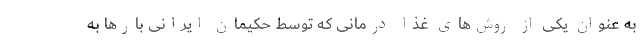
به عنوان یکی از روش‌های غذا درمانی که توسط حکیمان ایرانی بارها به